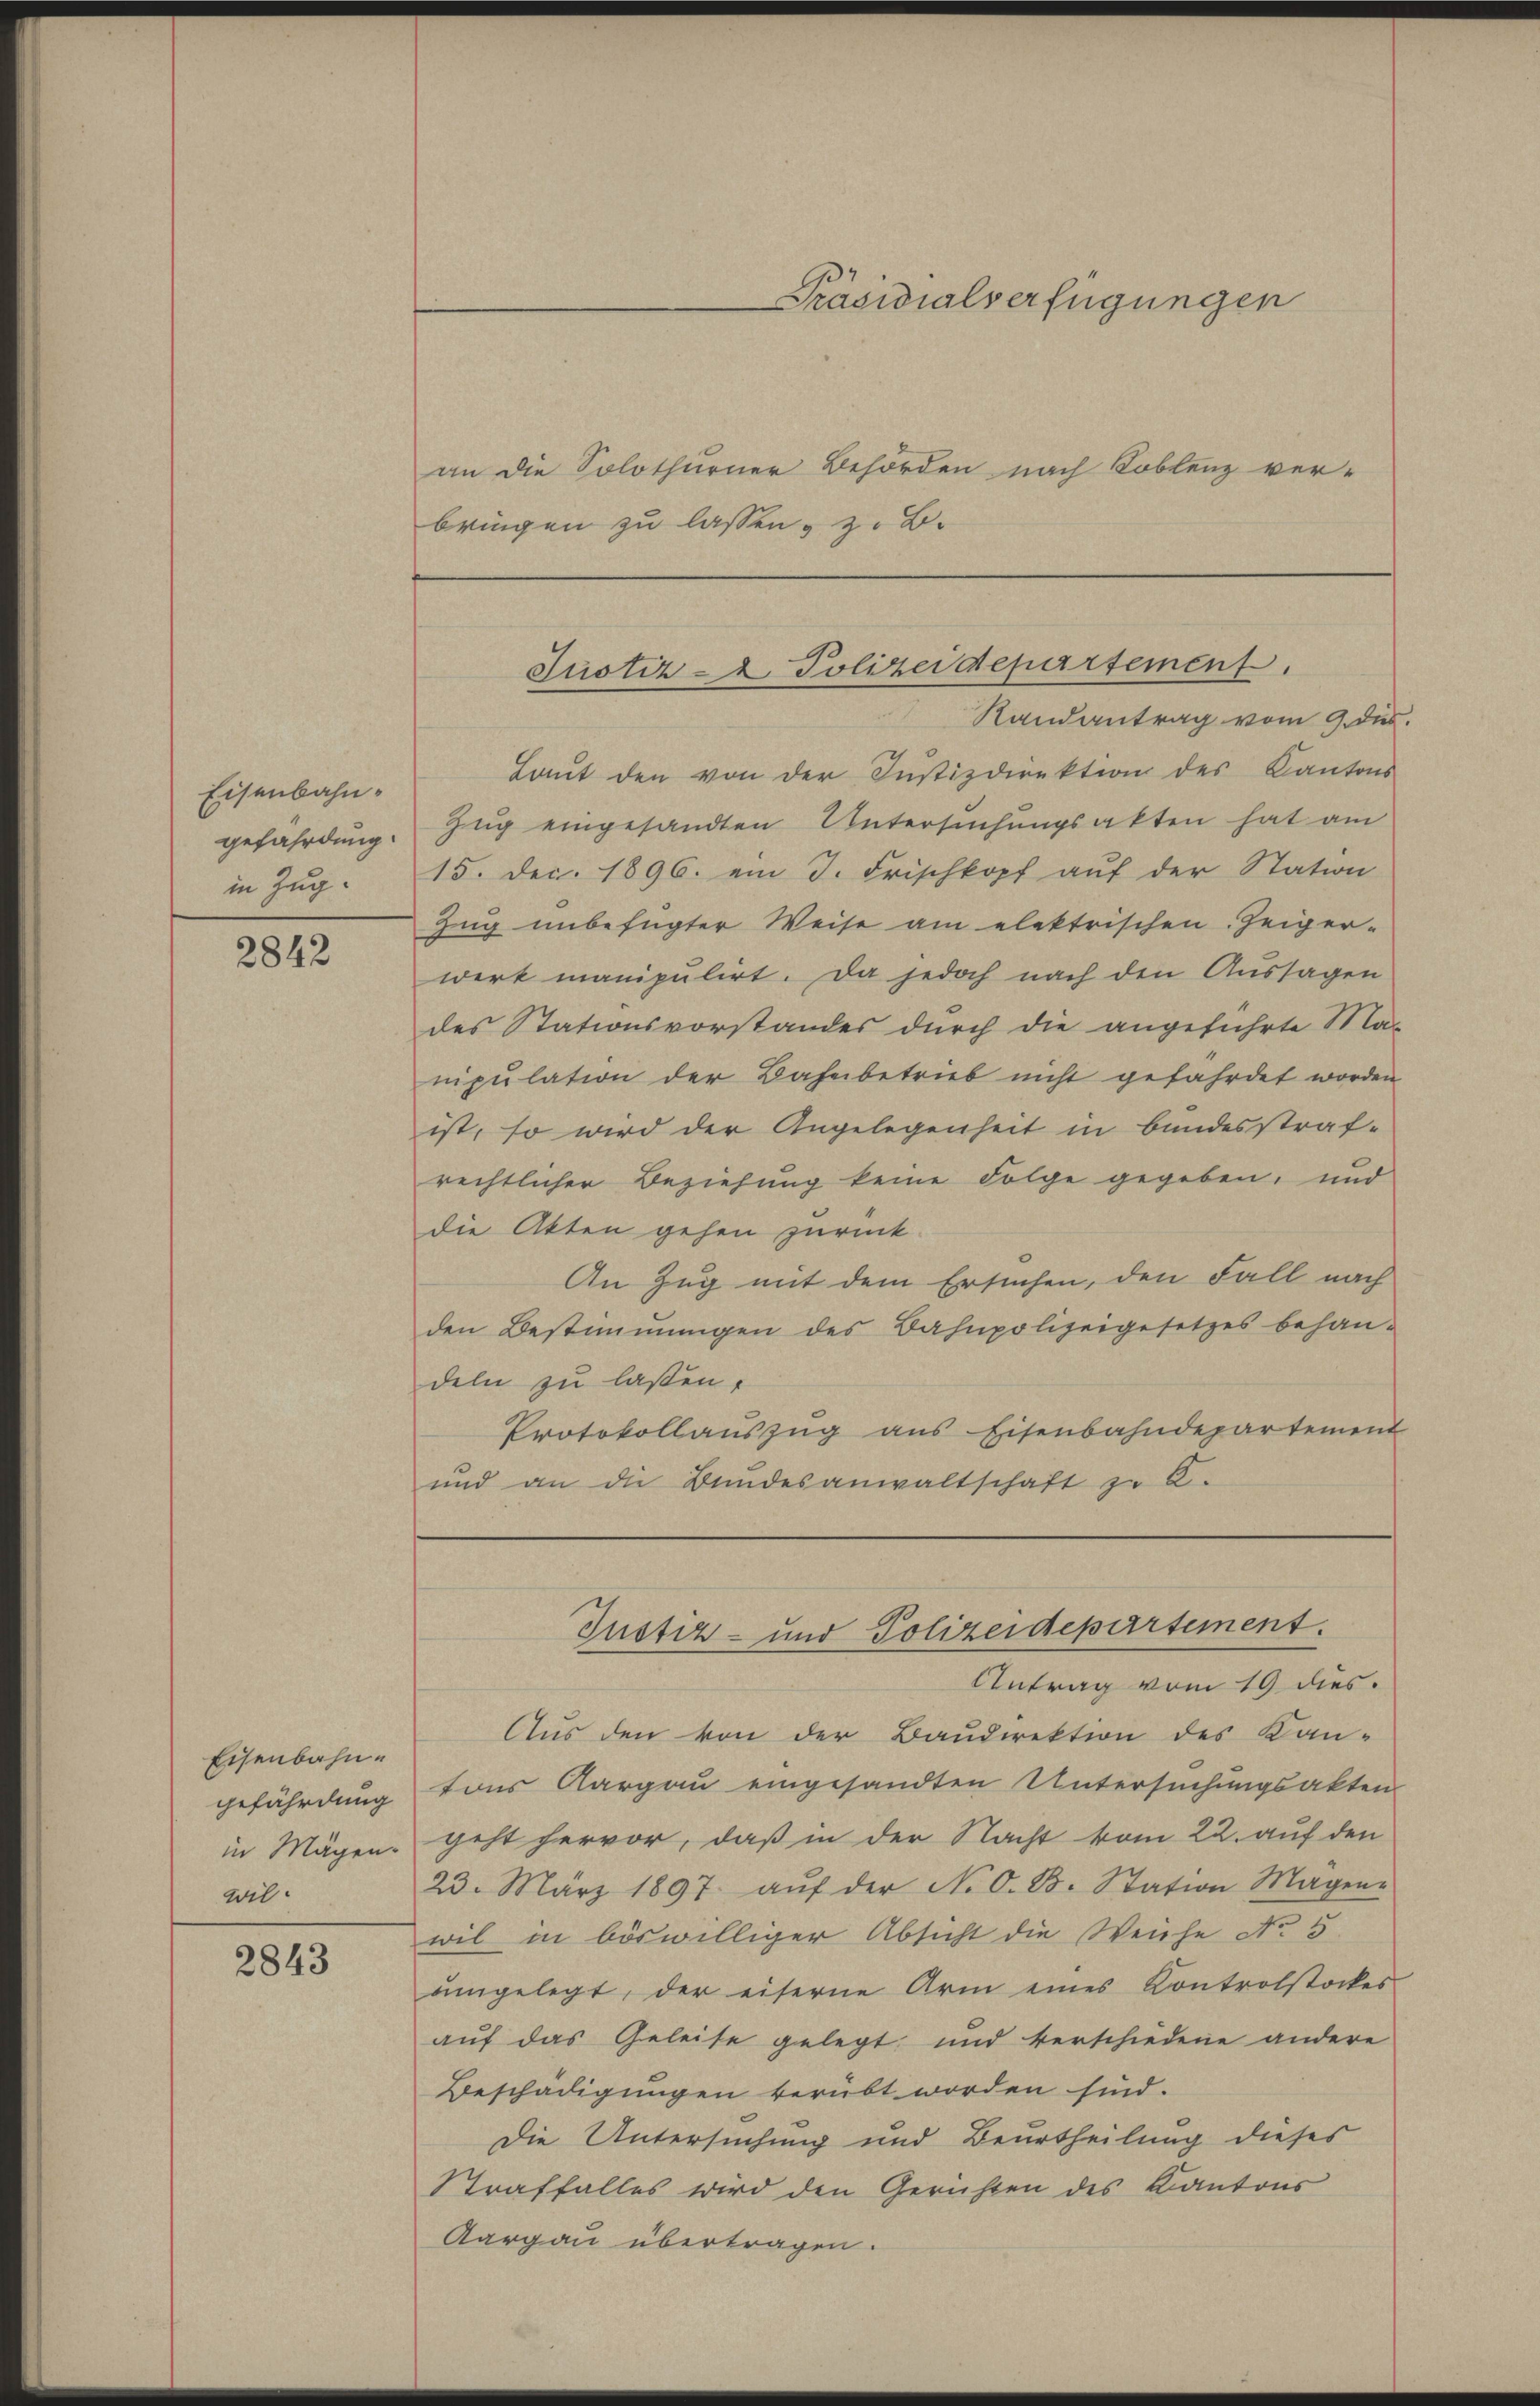
Eisenbahngefährdung.
in Zug.

2842

Eisenbahngefährdung
in Mägen.
wil.

2843

an die Solothurner Behörden nach Toblenz ver-
bringen zu lassen, z. B.

Präsidialverfügungen

Justiz- & Polizeidepartement
Randantrag vom 9. des

Laŭt den von der Justizdirektion des Kantons
Zug eingesandten Untersuchungsakten hat am
15. Dec. 1896. ein I. Frischkopf auf der Station
Zug unbefügter Weise am elektrischen Zeiger-
wert manipulirt. Da jedoch nach den Aussagen
des Stationsvorstandes durch die angeführte Ma-
nipulation der Bahnbetrieb nicht gefährdet worden
ist, so wird der Angelegenheit in bundesstraf-
rechtlicher Beziehung keine Folge gegeben, und
die Akten gehen zurück-
An Zug mit dem Ersuchen, den Fall nach
den Bestimmungen des Bahnpolizeigesetzes behan-
deln zu laßen.
Protokollauszug aus Eisenbahndepartement
und an die Bundesanwaltschaft zu 6.

Antrag vom 19 dies
Aus den von der Baudirektion des Kan-
tons Aargau eingesandten Untersuchungsakten
geht hervor, daß in der Nacht vom 22. auf den
23. März 1897 aŭf der N. O. B. Station Magen-
wil in böswilliger Absicht die Weiche No. 5.
angelegt, der eiserne Arm eines Kontrolstockes
auf das Geleise gelegt und verschiedene andere
Beschädigungen verübt worden sind.
Die Untersuchung und Beurtheilung dieses
Straffalles wird den Gerichten des Kantons
Aargau übertragen.

Justiz- und Polizeidepartement.